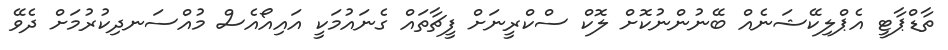
ތާޑްޕާޓީ އެޕްލިކޭޝަނެއް ބޭނުންނުކޮށް ލޮކް ސްކްރީނަށް ފީޗާތައް ގެނައުމަކީ އައިއޯއެސް މުއްސަނދިކުރުމަށް ދެވޭ